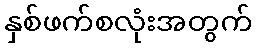
နှစ်ဖက်စလုံးအတွက်